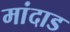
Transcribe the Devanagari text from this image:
मांदाड